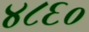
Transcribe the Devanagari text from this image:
४८६०